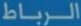
الربطاط